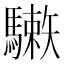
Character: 𩦙